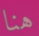
هنا